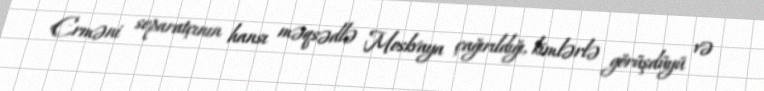
Erməni separatçının hansı məqsədlə Moskvaya çağırıldığı, kimlərlə görüşdüyü və